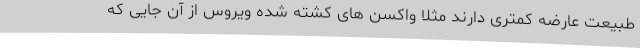
طبیعت عارضه کمتری دارند مثلا واکسن های کشته شده ویروس از آن جایی که